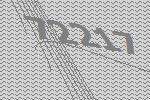
72217